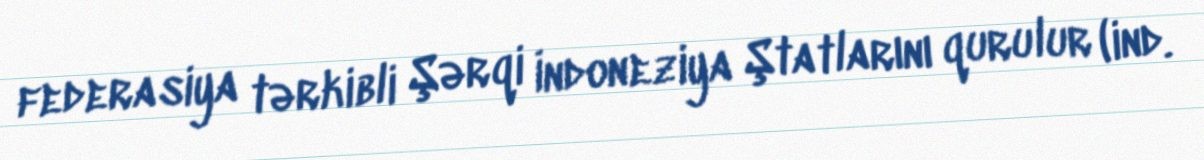
federasiya tərkibli Şərqi İndoneziya Ştatlarını qurulur (ind.